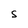
Character: s